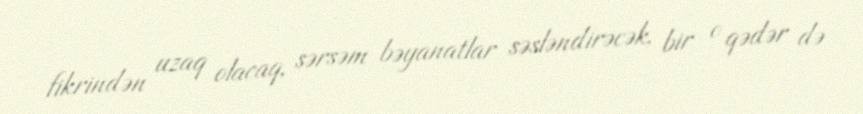
fikrindən uzaq olacaq, sərsəm bəyanatlar səsləndirəcək, bir o qədər də